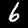
Label: 6